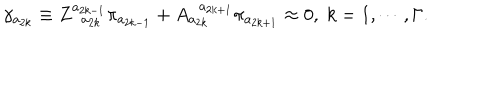
\gamma _ { a _ { 2 k } } \equiv Z _ { \; \; a _ { 2 k } } ^ { a _ { 2 k - 1 } } \pi _ { a _ { 2 k - 1 } } + A _ { a _ { 2 k } } ^ { \; \; a _ { 2 k + 1 } } \pi _ { a _ { 2 k + 1 } } \approx 0 , \; k = 1 , \cdots , \Gamma .